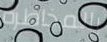
بالمخاطرة